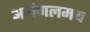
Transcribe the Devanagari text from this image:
अमंगलमय